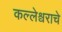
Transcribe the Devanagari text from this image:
कल्लेश्वराचे